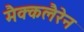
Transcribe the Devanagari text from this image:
मैक्कलैरेन